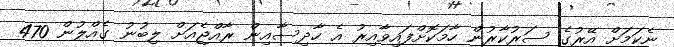
ނެކަމަށް އޭރުގެ ސަރުކާރުން ހާމަކޮށްފައިވާއިރު އެ ހާދިސާއިން ރާއްޖެއަށް ލިބުނު ގެއްލުން 470